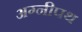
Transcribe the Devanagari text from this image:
अग्नीपथ